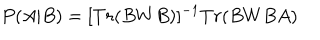
P ( A | B ) = [ T r ( B W B ) ] ^ { - 1 } T r ( B W B A )